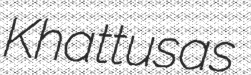
Khattusas